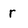
Character: r